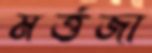
মর্ত্তজা